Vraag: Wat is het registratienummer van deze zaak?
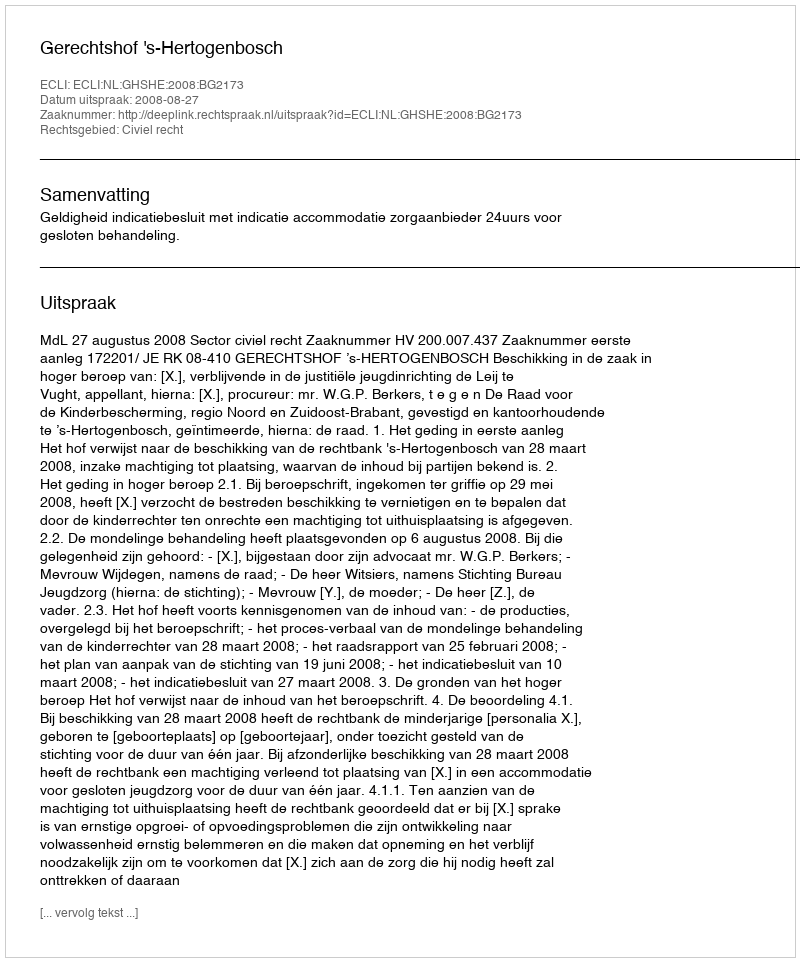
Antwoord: http://deeplink.rechtspraak.nl/uitspraak?id=ECLI:NL:GHSHE:2008:BG2173